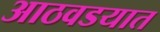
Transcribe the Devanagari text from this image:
आठवडयात